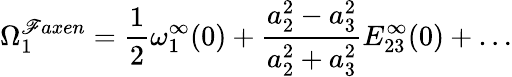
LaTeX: \Omega_{1}^{\mathscr{F}axen}=\frac{{1}}{{2}}\omega_{1}^{\infty}(0)+\frac{{a_{2}^{2}-a_{3}^{2}}}{{a_{2}^{2}+a_{3}^{2}}}E_{23}^{\infty}(0)+\dots